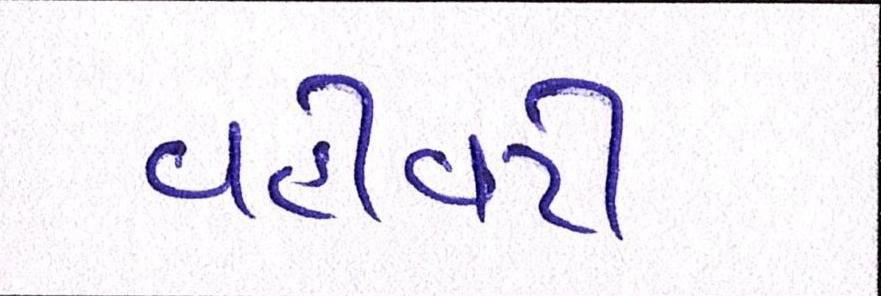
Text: વહીવટી